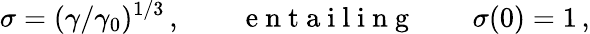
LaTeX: \sigma=(\gamma/\gamma_{0})^{1/3}\, ,\qquad\mathrm{~e~n~t~a~i~l~i~n~g~}\qquad\sigma(0)=1\, ,